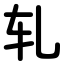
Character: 轧